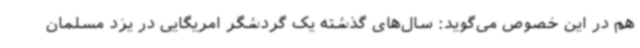
هم در این خصوص می‌گوید: سال‌های گذشته یک گردشگر امریگایی در یزد مسلمان